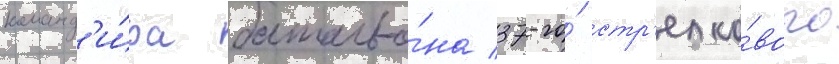
команд'и́ра батальо́на 37-го́ стр'елко́вого